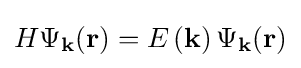
H\Psi _{\mathbf {k} }(\mathbf {r} )=E\left(\mathbf {k} \right)\Psi _{\mathbf {k} }(\mathbf {r} )